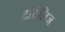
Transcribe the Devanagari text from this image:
टोर्टेलिज